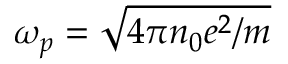
\omega _ { p } = \sqrt { 4 \pi n _ { 0 } e ^ { 2 } / m }